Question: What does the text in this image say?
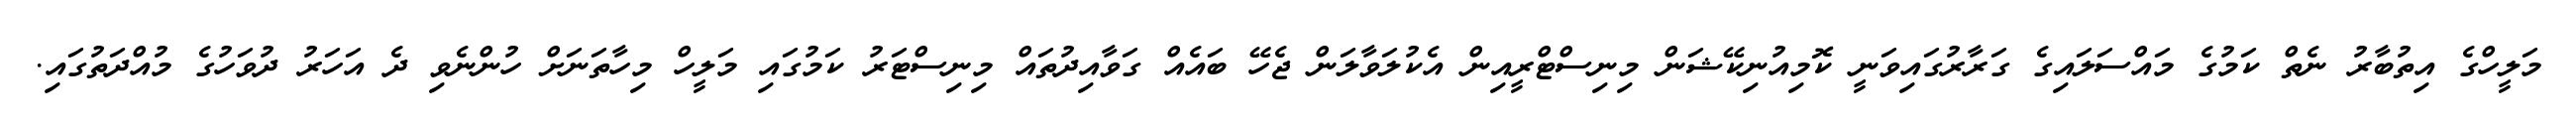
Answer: މަލީހްގެ އިތުބާރު ނެތް ކަމުގެ މައްސަލައިގެ ގަރާރުގައިވަނީ ކޮމިއުނިކޭޝަން މިނިސްޓްރީއިން އެކުލަވާލަން ޖެހޭ ބައެއް ގަވާއިދުތައް މިނިސްޓަރު ކަމުގައި މަލީހް މިހާތަނަށް ހުންނެވި ދެ އަހަރު ދުވަހުގެ މުއްދަތުގައި.